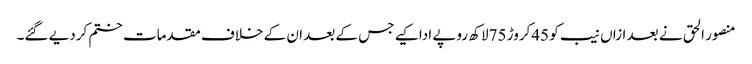
منصور الحق نے بعد ازاں نیب کو 45کروڑ 75لاکھ روپے ادا کیے جس کے بعد ان کے خلاف مقدمات ختم کردیے گئے۔